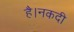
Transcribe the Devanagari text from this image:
है।नकदी